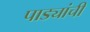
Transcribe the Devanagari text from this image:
पाड्यांची